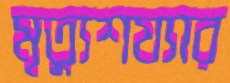
মৃত্যুশয্যার